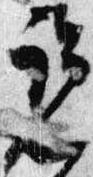
覧